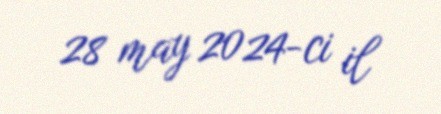
28 may 2024-ci il